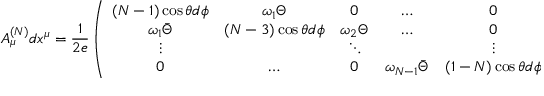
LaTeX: A _ { \mu } ^ { ( N ) } d x ^ { \mu } = \frac { 1 } { 2 e } \left( \begin{array} { c c c c c } { { ( N - 1 ) \cos \theta d \phi } } & { { \omega _ { 1 } \Theta } } & { { 0 } } & { { \ldots } } & { { 0 } } \\ { { \omega _ { 1 } \bar { \Theta } } } & { { ( N - 3 ) \cos \theta d \phi } } & { { \omega _ { 2 } \Theta } } & { { \ldots } } & { { 0 } } \\ { { \vdots } } & { { } } & { { \ddots } } & { { } } & { { \vdots } } \\ { { 0 } } & { { \ldots } } & { { 0 } } & { { \omega _ { N - 1 } \bar { \Theta } } } & { { ( 1 - N ) \cos \theta d \phi } } \end{array} \right)